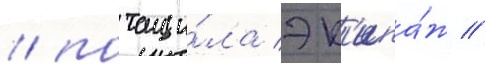
/ потащи́ла эк'ипа́ж //